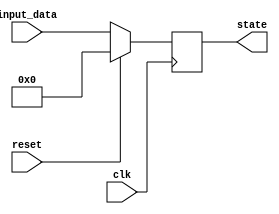
module synchronous_reset (
    input wire clk,               // Clock signal
    input wire reset,             // Reset control signal
    input wire [3:0] input_data,  // Example input data for state transition
    output reg [3:0] state        // Current state output
);

// Define the reset value for the state
parameter RESET_VALUE = 4'b0000;

// Synchronous reset logic with state transition
always @(posedge clk) begin
    if (reset) begin
        // Reset the state to the predefined value
        state <= RESET_VALUE;
    end else begin
        // Normal state transition logic (example)
        // You can modify this logic based on your requirements
        state <= input_data; // Example operation: update state with input_data
    end
end

endmodule